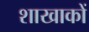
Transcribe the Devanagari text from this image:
शाखाकों